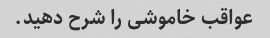
عواقب خاموشی را شرح دهید.